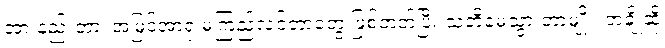
အားနည်းတာ၊ အမြင်အာရုံ မကြည်လင်တာတွေ ဖြစ်တတ်ပြီး သတိမေ့သွားတာမျိုး၊ တချို့ဆို